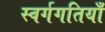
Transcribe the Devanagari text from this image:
स्वर्गगतियाँ